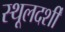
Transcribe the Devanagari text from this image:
स्थूलदर्शी